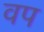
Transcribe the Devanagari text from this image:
वप